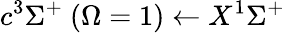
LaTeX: c^{3}\Sigma^{+}\ (\Omega=1)\leftarrow X^{1}\Sigma^{+}